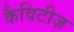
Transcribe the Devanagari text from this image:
कैविटीज़